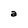
Character: a